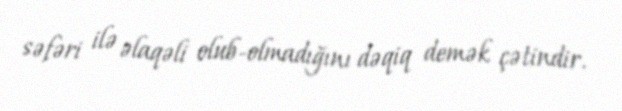
səfəri ilə əlaqəli olub-olmadığını dəqiq demək çətindir.